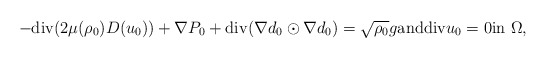
\begin{align*}-{\rm div}(2 \mu(\rho_0)D(u_0))+\nabla P_0+{\rm div}(\nabla d_0 \odot \nabla d_0)=\sqrt{\rho_0}g {\rm and} {\rm div}u_0=0 {\rm in}\ \Omega,\end{align*}